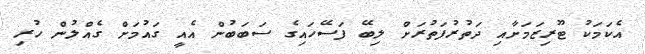
އެކަމަކު ޓޫރިޒަމަށާއި ދަތުރުފަތުރަށް ލިބޭ ފަސޭހައިގެ ސަބަބުން އެއީ ގައުމަށް ގެއްލުން ހުރި